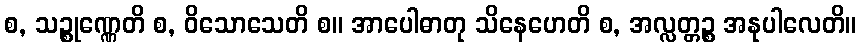
စ, သဉ္စုဏ္ဏေတိ စ, ဝိသောသေတိ စ။ အာပေါဓာတု သိနေဟေတိ စ, အလ္လတ္တဉ္စ အနုပါလေတိ။